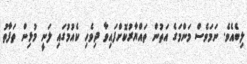
ލިބެއެވެ. ނަމަވެސް މަންމަގެ އަތުން ތައްޔާރުކޮށްފައިވާ ދިވެހި ކެއުމުގައި ލަނީ މުޅިން ތަފާތު